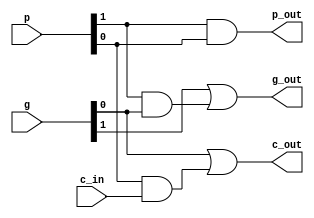
`timescale 1ns / 1ps
//////////////////////////////////////////////////////////////////////////////////
// Company: 
// Engineer: 
// 
// Design Name: 
// Module Name:    g_p 
// Project Name: 
// Target Devices: 
// Tool versions: 
// Description: 
//
// Dependencies: 
//
// Revision: 
// Revision 0.01 - File Created
// Additional Comments: 
//
//////////////////////////////////////////////////////////////////////////////////
module g_p(g,p,c_in,g_out,p_out,c_out
    );
	 input [1:0] g,p;
	 input c_in;
	 output g_out,p_out,c_out;
	 assign g_out=g[1]|p[1]&g[0];
	 assign p_out=p[1]&p[0];
	 assign c_out=g[0]|p[0]&c_in;
endmodule